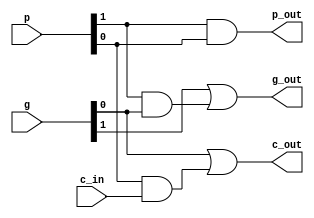
`timescale 1ns / 1ps
//////////////////////////////////////////////////////////////////////////////////
// Company: 
// Engineer: 
// 
// Design Name: 
// Module Name:    g_p 
// Project Name: 
// Target Devices: 
// Tool versions: 
// Description: 
//
// Dependencies: 
//
// Revision: 
// Revision 0.01 - File Created
// Additional Comments: 
//
//////////////////////////////////////////////////////////////////////////////////
module g_p(g,p,c_in,g_out,p_out,c_out
    );
	 input [1:0] g,p;
	 input c_in;
	 output g_out,p_out,c_out;
	 assign g_out=g[1]|p[1]&g[0];
	 assign p_out=p[1]&p[0];
	 assign c_out=g[0]|p[0]&c_in;
endmodule